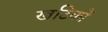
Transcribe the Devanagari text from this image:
खटिकों